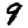
Digit: 9